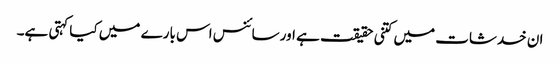
ان خدشات میں کتنی حقیقت ہے اور سائنس اس بارے میں کیا کہتی ہے۔